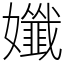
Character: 孅